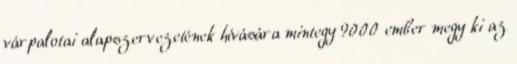
várpalotai alapszervezetének hívására mintegy 9000 ember megy ki az